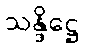
သန္ဒိဋ္ဌေ